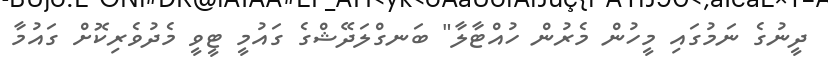
ދީނުގެ ނަމުގައި މީހުން މެރުން ހުއްޓާލާ" ބަނގްލަދޭޝްގެ ގައުމީ ޓީވީ މެދުވެރިކޮށް ގައުމާ